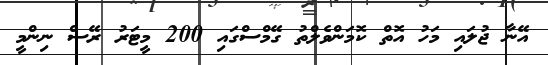
އޭނާ ޖުލައި މަހު އޮތް ކޮމަންވެލްތު ގޭމްސްގައި 200 މީޓަރު ރޭސް ނިންމީ